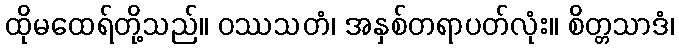
ထိုမထေရ်တို့သည်။ ဝဿသတံ၊ အနှစ်တရာပတ်လုံး။ စိတ္တသာဒံ၊